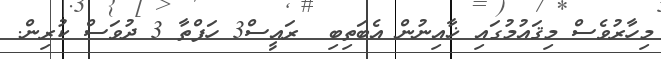
މިހާރުވެސް މިޤައުމުގައި ޚާއިނުން އެބަތިބި  ރައީސް3 ހަފްތާ 3 ދުވަސް ކުރިން.